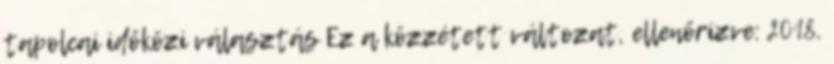
tapolcai időközi választás Ez a közzétett változat, ellenőrizve: 2018.